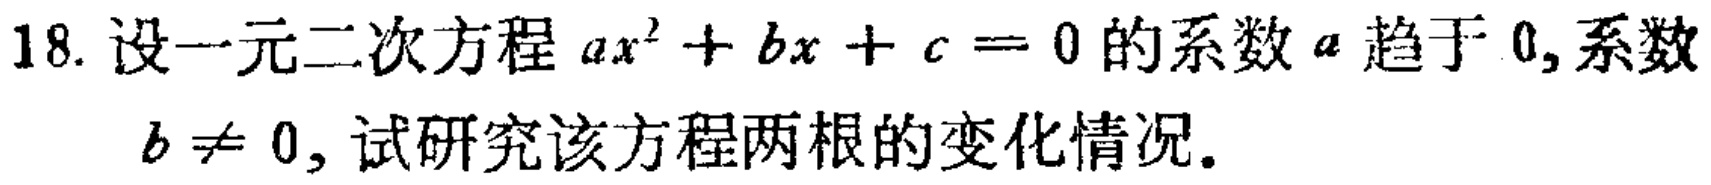
18. 设一元二次方程 \(ax^{2}+bx + c = 0\) 的系数 \(a\) 趋于 \(0\), 系数 \(b\neq 0\), 试研究该方程两根的变化情况.